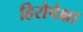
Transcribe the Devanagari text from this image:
हिरोपेक्षा